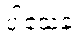
ပါသေန